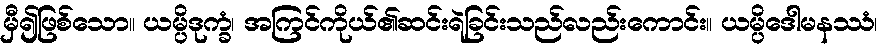
မှီ၍ဖြစ်သော။ ယမ္ပိဒုက္ခံ၊ အကြင်ကိုယ်၏ဆင်းရဲခြင်းသည်လည်းကောင်း။ ယမ္ပိဒေါမနဿံ၊